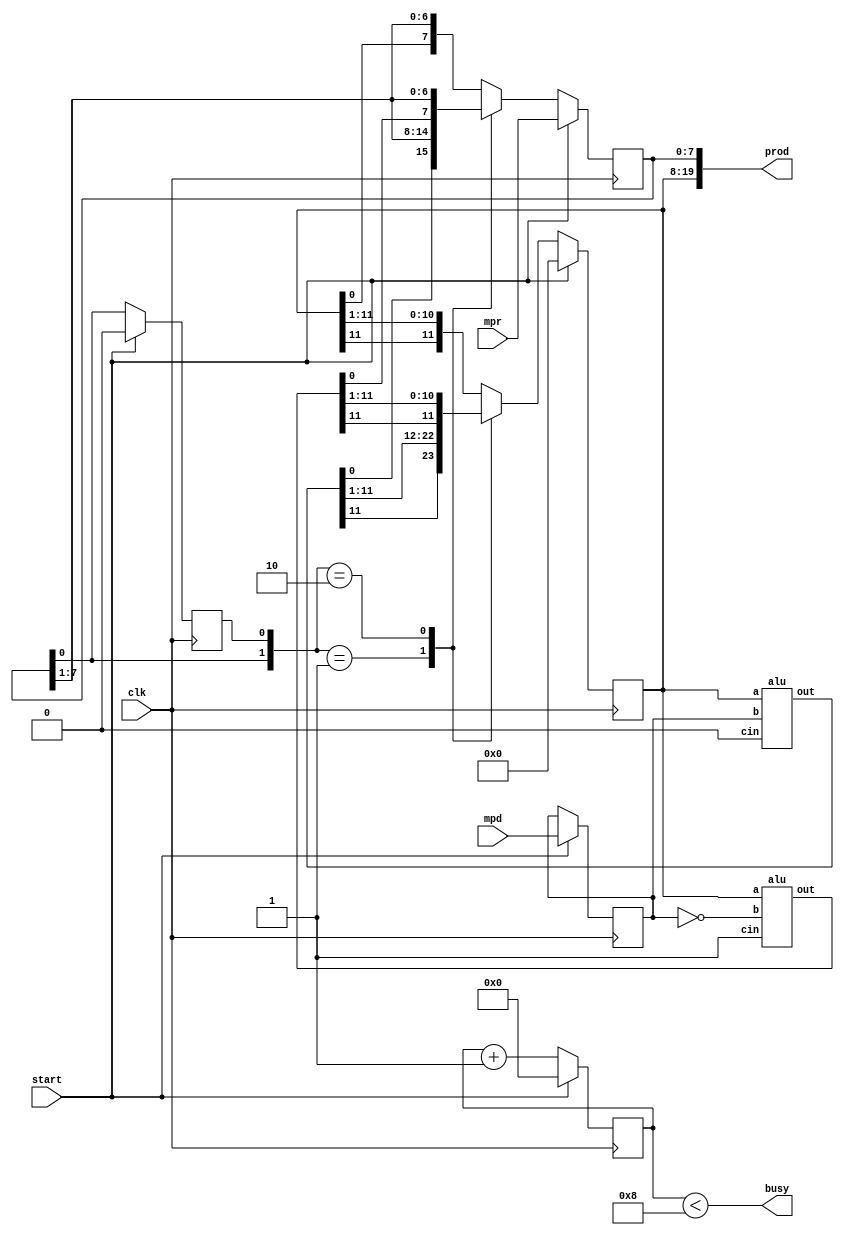
module mult(prod,mpd,mpr,clk,busy, start);

parameter M_bits = 12, N_bits = 8, Count_bits = 4;

output [M_bits+N_bits-1:0] prod;//final result...bits:
output busy;		        //busy flag

input [M_bits-1:0] mpd;//M bits
input [N_bits-1:0] mpr;//N bits....N<M...for omega
input clk;	       //Clock	
input start;	       //Starts the Multiplier

wire clk;
wire start;
wire [N_bits-1:0] mpr;
wire [M_bits-1:0] mpd;
wire [M_bits-1:0] sum, difference;//local wires to produce partial sum/diff
wire busy;//Output wired. CAUTION.


//reg [M_bits+N_bits-1:0] prod;


//Internal registers
reg [M_bits-1:0]A;//partial product
reg [N_bits-1:0]Q;//multiplier
reg [M_bits-1:0]M;//Multiplicand
reg Q_1;	  //1 bit reg for 01,11,10 bit sequence checking in multiplier
reg [Count_bits-1:0] count;// Counts the number of cycles


always @(posedge clk)
begin
   if (start) begin
      A <= 0;      //partial product init to 0
      M <= mpd;		//multiplicand loaded to internal reg..:Necessary?
      Q <= mpr;		//Multiplier loaded to internal reg..:Necessary?
      Q_1 <= 1'b0;      // sequence checking bit reg init. to 0
      count <= 4'b0;	//Theja_didnt
   end
   else begin
      case ({Q[0], Q_1})
         2'b0_1 : {A, Q, Q_1} <= {sum[M_bits-1], sum, Q};
         2'b1_0 : {A, Q, Q_1} <= {difference[M_bits-1], difference, Q};
         default: {A, Q, Q_1} <= {A[M_bits-1], A, Q};
      endcase
      count <= count + 1'b1;
   end
end

alu adder (sum, A, M, 1'b0);
alu subtracter (difference, A, ~M, 1'b1);

assign prod = {A, Q};
assign busy = (count < N_bits);

endmodule



//-------------------2nd MODULE---------------------------- 
//The following is an alu.  
//It is an adder, but capable of subtraction:
//Subtraction means adding the two's complement--
//a - b = a + (-b) = a + (inverted b + 1)
//The 1 will be coming in as cin (carry-in)
module alu(out, a, b, cin);

parameter M_bits = 12 ;

output [M_bits-1:0] out;
input [M_bits-1:0] a;
input [M_bits-1:0] b;
input cin;

assign out = a + b + cin;

endmodule
//---------------------------------------------------------